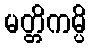
မတ္တိကမ္ပိ